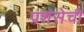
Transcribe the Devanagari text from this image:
प्रशंसेची